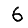
Digit: 6